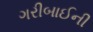
ગરીબાઈની